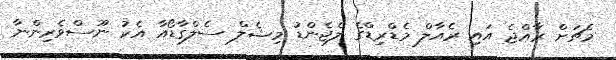
މެޗަށް ރާއްޖެ އައި ރެއާލް މެޑްރިޑްގެ ލެޖެންޑު މިޝެލް ސެލްގާޑޯއާ އެކު ނޫސްވެރިންނާ